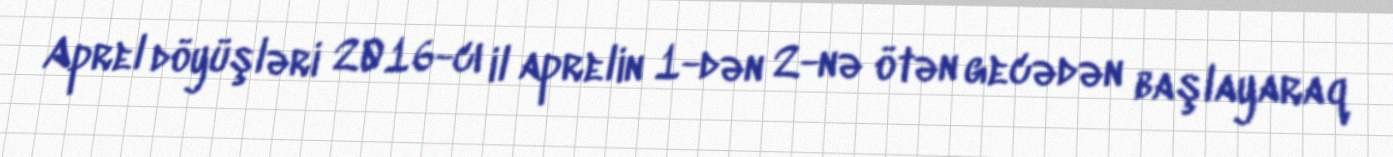
Aprel döyüşləri 2016-cı il aprelin 1-dən 2-nə ötən gecədən başlayaraq